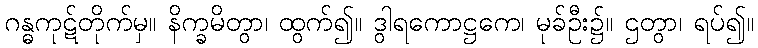
ဂန္ဓကုဋ်တိုက်မှ။ နိက္ခမိတွာ၊ ထွက်၍။ ဒွါရကောဋ္ဌကေ၊ မုခ်ဦး၌။ ဌတွာ၊ ရပ်၍။